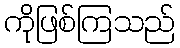
ကိုဖြစ်ကြသည်